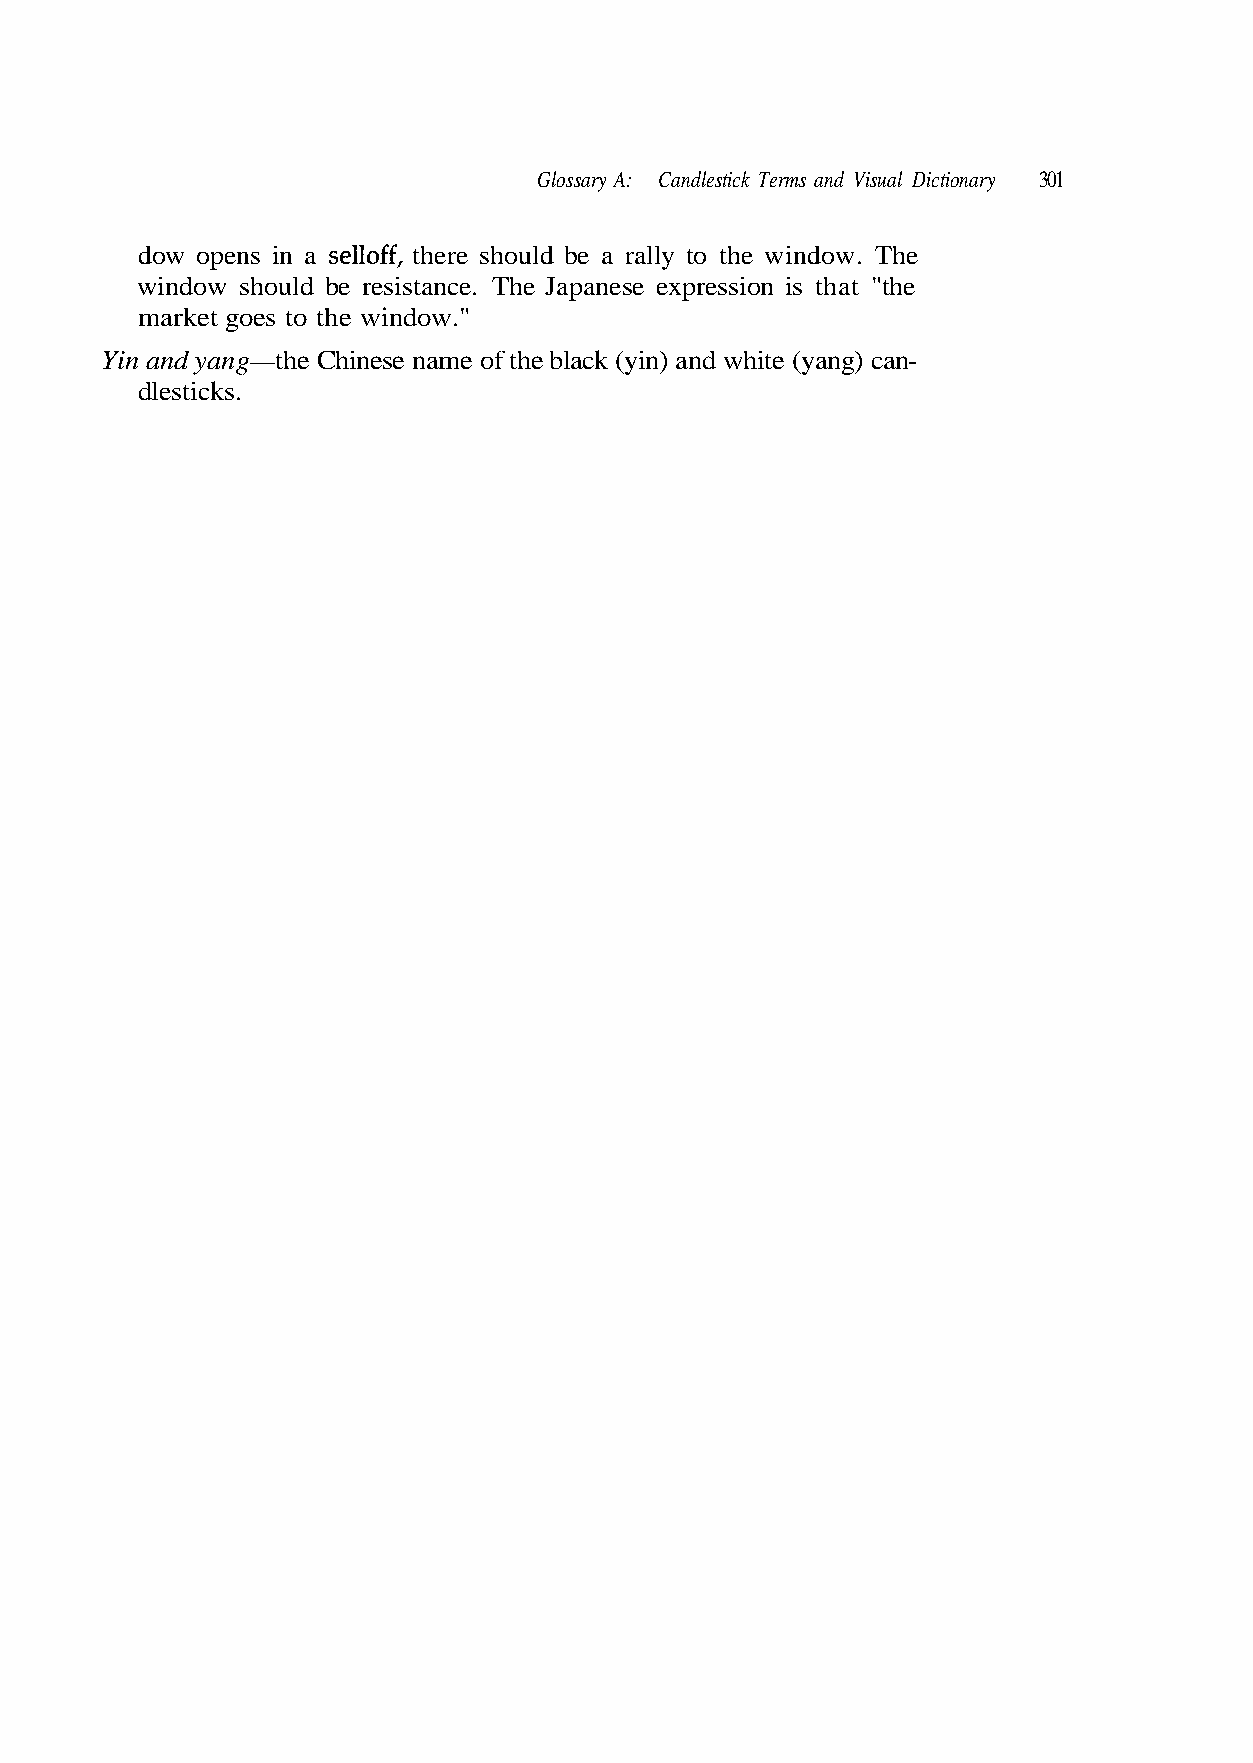
Glossary A: Candlestick Terms and Visual Dictionary 301
 selloff,
 market goes to the window."
 Yin and yang—the Chinese name of the black (yin) and white (yang) can-
 dlesticks.
 e h T . w o d n i w e h t o t y l l a r a e b d l u o h s e a r e nh it s n e p o w do
 window should be resistance. The Japanese expression is that "the